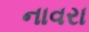
નાવરા